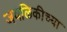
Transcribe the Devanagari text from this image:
जवळिकीच्या